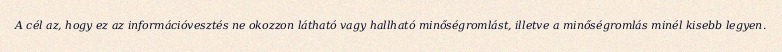
A cél az, hogy ez az információvesztés ne okozzon látható vagy hallható minőségromlást, illetve a minőségromlás minél kisebb legyen.